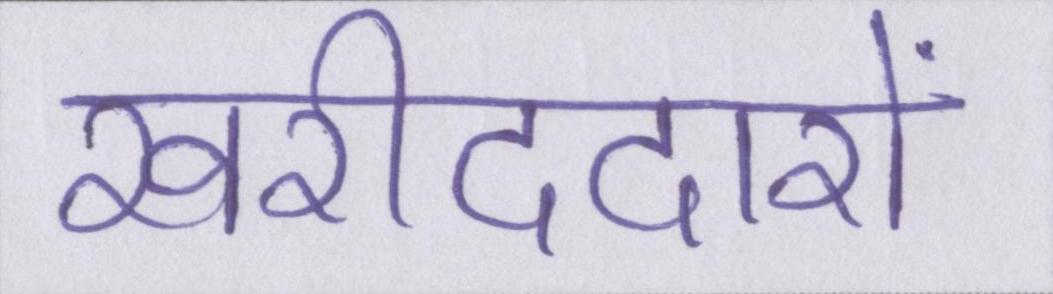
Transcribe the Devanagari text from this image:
खरीददारों